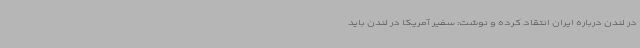
در لندن درباره ایران انتقاد کرده و نوشت: سفیر آمریکا در لندن باید